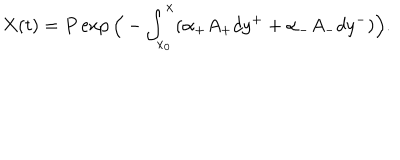
LaTeX: X ( t ) = P \exp \Big ( - \int _ { x _ { 0 } } ^ { x } ( \alpha _ { + } A _ { + } d y ^ { + } + \alpha _ { - } A _ { - } d y ^ { - } ) \Big ) .